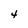
Character: 4